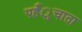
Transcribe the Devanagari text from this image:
पहँुचाता